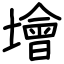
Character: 𡑭